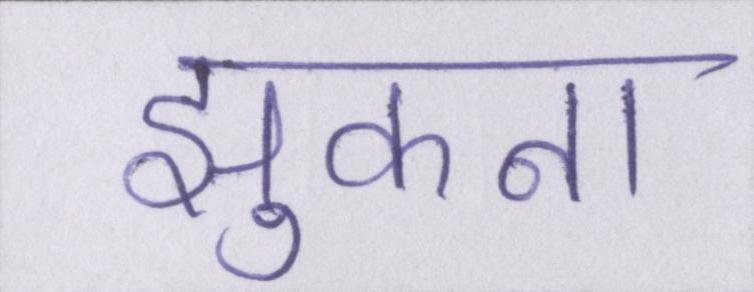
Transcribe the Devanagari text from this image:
झुकना